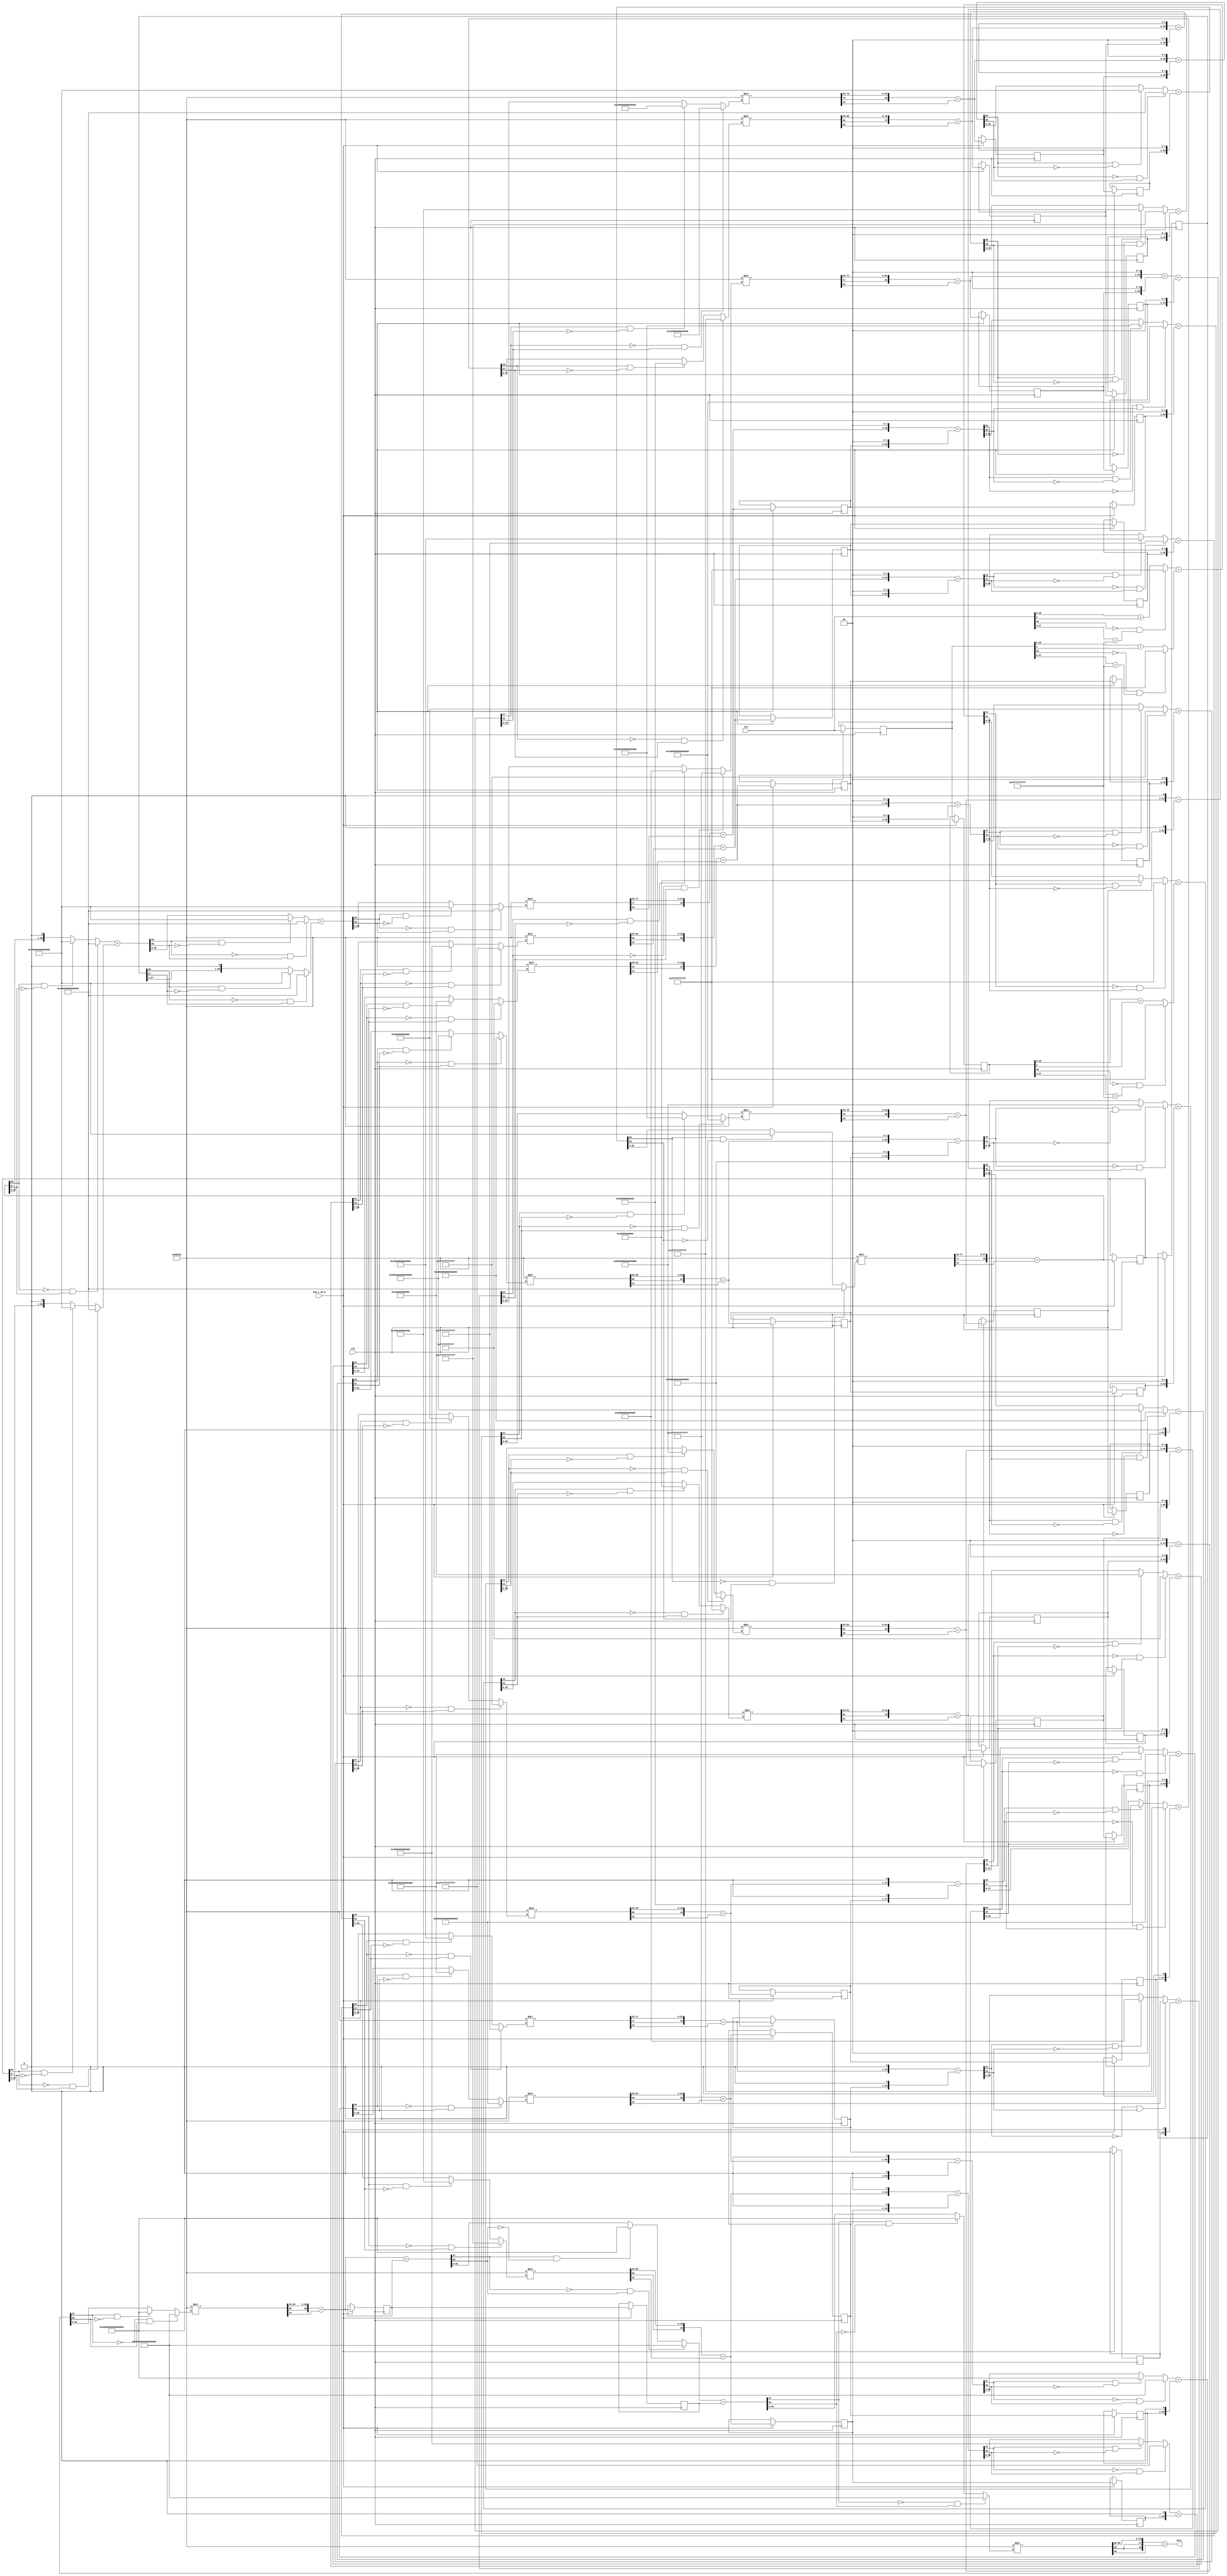
// -------------------------------------------------------------
// 
// 
// Generated by MATLAB 9.9 and HDL Coder 3.17
// 
// -------------------------------------------------------------


// -------------------------------------------------------------
// 
// Module: Third_Block_H3_z
// Source Path: NonCIC_Final/Non-recursive CIC1/Third Block H3(z)
// Hierarchy Level: 1
// 
// -------------------------------------------------------------

`timescale 1 ns / 1 ns

module Third_Block_H3_z
          (clk,
           enb_1_48_0,
           In1,
           Out1);


  input   clk;
  input   enb_1_48_0;
  input   signed [48:0] In1;  // sfix49_En45
  output  signed [18:0] Out1;  // sfix19_En14


  reg signed [48:0] Delay_out1;  // sfix49_En45
  reg signed [48:0] Delay1_out1;  // sfix49_En45
  wire signed [42:0] Add_add_cast;  // sfix43_En39
  wire signed [43:0] Add_add_cast_1;  // sfix44_En39
  wire signed [42:0] Add_add_cast_2;  // sfix43_En39
  wire signed [43:0] Add_add_cast_3;  // sfix44_En39
  wire signed [43:0] Add_add_temp;  // sfix44_En39
  wire signed [42:0] Add_add_cast_4;  // sfix43_En39
  wire signed [43:0] Add_add_cast_5;  // sfix44_En39
  wire signed [42:0] Add_add_cast_6;  // sfix43_En39
  wire signed [43:0] Add_add_cast_7;  // sfix44_En39
  wire signed [43:0] Add_add_temp_1;  // sfix44_En39
  wire signed [42:0] Add_out1;  // sfix43_En39
  wire signed [62:0] Gain_mul_temp;  // sfix63_En59
  wire signed [61:0] Gain_cast;  // sfix62_En59
  wire signed [42:0] Gain_out1;  // sfix43_En39
  reg signed [42:0] Gain_out1_1;  // sfix43_En39
  reg signed [42:0] Delay3_out1;  // sfix43_En39
  wire signed [45:0] Add1_add_cast;  // sfix46_En41
  wire signed [45:0] Add1_add_cast_1;  // sfix46_En41
  wire signed [45:0] Add1_add_temp;  // sfix46_En41
  wire signed [44:0] Add1_add_cast_2;  // sfix45_En41
  wire signed [45:0] Add1_add_cast_3;  // sfix46_En41
  wire signed [45:0] Add1_add_cast_4;  // sfix46_En41
  wire signed [45:0] Add1_add_temp_1;  // sfix46_En41
  wire signed [44:0] Add1_out1;  // sfix45_En41
  wire signed [64:0] Gain1_mul_temp;  // sfix65_En61
  wire signed [63:0] Gain1_cast;  // sfix64_En61
  wire signed [44:0] Gain1_out1;  // sfix45_En41
  reg signed [44:0] Gain1_out1_1;  // sfix45_En41
  reg signed [44:0] Delay5_out1;  // sfix45_En41
  wire signed [47:0] Add2_add_cast;  // sfix48_En43
  wire signed [47:0] Add2_add_cast_1;  // sfix48_En43
  wire signed [47:0] Add2_add_temp;  // sfix48_En43
  wire signed [46:0] Add2_add_cast_2;  // sfix47_En43
  wire signed [47:0] Add2_add_cast_3;  // sfix48_En43
  wire signed [47:0] Add2_add_cast_4;  // sfix48_En43
  wire signed [47:0] Add2_add_temp_1;  // sfix48_En43
  wire signed [46:0] Add2_out1;  // sfix47_En43
  wire signed [66:0] Gain2_mul_temp;  // sfix67_En63
  wire signed [65:0] Gain2_cast;  // sfix66_En63
  wire signed [46:0] Gain2_out1;  // sfix47_En43
  reg signed [46:0] Gain2_out1_1;  // sfix47_En43
  reg signed [46:0] Delay7_out1;  // sfix47_En43
  wire signed [48:0] Add3_add_cast;  // sfix49_En44
  wire signed [48:0] Add3_add_cast_1;  // sfix49_En44
  wire signed [48:0] Add3_add_temp;  // sfix49_En44
  wire signed [47:0] Add3_add_cast_2;  // sfix48_En44
  wire signed [48:0] Add3_add_cast_3;  // sfix49_En44
  wire signed [48:0] Add3_add_cast_4;  // sfix49_En44
  wire signed [48:0] Add3_add_temp_1;  // sfix49_En44
  wire signed [47:0] Add3_out1;  // sfix48_En44
  wire signed [67:0] Gain3_mul_temp;  // sfix68_En64
  wire signed [66:0] Gain3_cast;  // sfix67_En64
  wire signed [47:0] Gain3_out1;  // sfix48_En44
  reg signed [47:0] Gain3_out1_1;  // sfix48_En44
  reg signed [47:0] Delay9_out1;  // sfix48_En44
  wire signed [50:0] Add4_add_cast;  // sfix51_En46
  wire signed [50:0] Add4_add_cast_1;  // sfix51_En46
  wire signed [50:0] Add4_add_temp;  // sfix51_En46
  wire signed [49:0] Add4_add_cast_2;  // sfix50_En46
  wire signed [50:0] Add4_add_cast_3;  // sfix51_En46
  wire signed [50:0] Add4_add_cast_4;  // sfix51_En46
  wire signed [50:0] Add4_add_temp_1;  // sfix51_En46
  wire signed [49:0] Add4_out1;  // sfix50_En46
  wire signed [69:0] Gain4_mul_temp;  // sfix70_En66
  wire signed [68:0] Gain4_cast;  // sfix69_En66
  wire signed [49:0] Gain4_out1;  // sfix50_En46
  reg signed [49:0] Gain4_out1_1;  // sfix50_En46
  reg signed [49:0] Delay11_out1;  // sfix50_En46
  wire signed [51:0] Add5_add_cast;  // sfix52_En47
  wire signed [51:0] Add5_add_cast_1;  // sfix52_En47
  wire signed [51:0] Add5_add_temp;  // sfix52_En47
  wire signed [50:0] Add5_add_cast_2;  // sfix51_En47
  wire signed [51:0] Add5_add_cast_3;  // sfix52_En47
  wire signed [51:0] Add5_add_cast_4;  // sfix52_En47
  wire signed [51:0] Add5_add_temp_1;  // sfix52_En47
  wire signed [50:0] Add5_out1;  // sfix51_En47
  wire signed [70:0] Gain5_mul_temp;  // sfix71_En67
  wire signed [69:0] Gain5_cast;  // sfix70_En67
  wire signed [50:0] Gain5_out1;  // sfix51_En47
  reg signed [50:0] Gain5_out1_1;  // sfix51_En47
  reg signed [50:0] Delay13_out1;  // sfix51_En47
  wire signed [53:0] Add6_add_cast;  // sfix54_En49
  wire signed [53:0] Add6_add_cast_1;  // sfix54_En49
  wire signed [53:0] Add6_add_temp;  // sfix54_En49
  wire signed [52:0] Add6_add_cast_2;  // sfix53_En49
  wire signed [53:0] Add6_add_cast_3;  // sfix54_En49
  wire signed [53:0] Add6_add_cast_4;  // sfix54_En49
  wire signed [53:0] Add6_add_temp_1;  // sfix54_En49
  wire signed [52:0] Add6_out1;  // sfix53_En49
  wire signed [72:0] Gain6_mul_temp;  // sfix73_En69
  wire signed [71:0] Gain6_cast;  // sfix72_En69
  wire signed [52:0] Gain6_out1;  // sfix53_En49
  reg signed [52:0] Gain6_out1_1;  // sfix53_En49
  reg signed [52:0] Delay15_out1;  // sfix53_En49
  wire signed [54:0] Add7_add_cast;  // sfix55_En50
  wire signed [54:0] Add7_add_cast_1;  // sfix55_En50
  wire signed [54:0] Add7_add_temp;  // sfix55_En50
  wire signed [53:0] Add7_add_cast_2;  // sfix54_En50
  wire signed [54:0] Add7_add_cast_3;  // sfix55_En50
  wire signed [54:0] Add7_add_cast_4;  // sfix55_En50
  wire signed [54:0] Add7_add_temp_1;  // sfix55_En50
  wire signed [53:0] Add7_out1;  // sfix54_En50
  wire signed [73:0] Gain7_mul_temp;  // sfix74_En70
  wire signed [72:0] Gain7_cast;  // sfix73_En70
  wire signed [53:0] Gain7_out1;  // sfix54_En50
  reg signed [53:0] Gain7_out1_1;  // sfix54_En50
  reg signed [53:0] Delay17_out1;  // sfix54_En50
  wire signed [56:0] Add8_add_cast;  // sfix57_En52
  wire signed [56:0] Add8_add_cast_1;  // sfix57_En52
  wire signed [56:0] Add8_add_temp;  // sfix57_En52
  wire signed [57:0] Add8_add_cast_2;  // sfix58_En52
  wire signed [56:0] Add8_add_cast_3;  // sfix57_En52
  wire signed [57:0] Add8_add_cast_4;  // sfix58_En52
  wire signed [57:0] Add8_add_temp_1;  // sfix58_En52
  wire signed [56:0] Add8_out1;  // sfix57_En52
  wire signed [76:0] Gain8_mul_temp;  // sfix77_En72
  wire signed [75:0] Gain8_cast;  // sfix76_En72
  wire signed [56:0] Gain8_out1;  // sfix57_En52
  reg signed [56:0] Gain8_out1_1;  // sfix57_En52
  reg signed [56:0] Delay25_out1;  // sfix57_En52
  wire signed [59:0] Add9_add_cast;  // sfix60_En54
  wire signed [59:0] Add9_add_cast_1;  // sfix60_En54
  wire signed [59:0] Add9_add_temp;  // sfix60_En54
  wire signed [58:0] Add9_add_cast_2;  // sfix59_En54
  wire signed [59:0] Add9_add_cast_3;  // sfix60_En54
  wire signed [59:0] Add9_add_cast_4;  // sfix60_En54
  wire signed [59:0] Add9_add_temp_1;  // sfix60_En54
  wire signed [58:0] Add9_out1;  // sfix59_En54
  wire signed [78:0] Gain9_mul_temp;  // sfix79_En74
  wire signed [77:0] Gain9_cast;  // sfix78_En74
  wire signed [58:0] Gain9_out1;  // sfix59_En54
  reg signed [58:0] Gain9_out1_1;  // sfix59_En54
  reg signed [58:0] Delay27_out1;  // sfix59_En54
  wire signed [58:0] Add10_add_cast;  // sfix59_En55
  wire signed [59:0] Add10_add_cast_1;  // sfix60_En55
  wire signed [58:0] Add10_add_cast_2;  // sfix59_En55
  wire signed [59:0] Add10_add_cast_3;  // sfix60_En55
  wire signed [59:0] Add10_add_temp;  // sfix60_En55
  wire signed [58:0] Add10_add_cast_4;  // sfix59_En55
  wire signed [59:0] Add10_add_cast_5;  // sfix60_En55
  wire signed [58:0] Add10_add_cast_6;  // sfix59_En55
  wire signed [59:0] Add10_add_cast_7;  // sfix60_En55
  wire signed [59:0] Add10_add_temp_1;  // sfix60_En55
  wire signed [58:0] Add10_out1;  // sfix59_En55
  wire signed [78:0] Gain10_mul_temp;  // sfix79_En75
  wire signed [77:0] Gain10_cast;  // sfix78_En75
  wire signed [58:0] Gain10_out1;  // sfix59_En55
  reg signed [58:0] Gain10_out1_1;  // sfix59_En55
  reg signed [58:0] Delay29_out1;  // sfix59_En55
  wire signed [61:0] Add11_add_cast;  // sfix62_En57
  wire signed [61:0] Add11_add_cast_1;  // sfix62_En57
  wire signed [61:0] Add11_add_temp;  // sfix62_En57
  wire signed [60:0] Add11_add_cast_2;  // sfix61_En57
  wire signed [61:0] Add11_add_cast_3;  // sfix62_En57
  wire signed [61:0] Add11_add_cast_4;  // sfix62_En57
  wire signed [61:0] Add11_add_temp_1;  // sfix62_En57
  wire signed [60:0] Add11_out1;  // sfix61_En57
  wire signed [80:0] Gain11_mul_temp;  // sfix81_En77
  wire signed [79:0] Gain11_cast;  // sfix80_En77
  wire signed [60:0] Gain11_out1;  // sfix61_En57
  reg signed [60:0] Gain11_out1_1;  // sfix61_En57
  reg signed [60:0] Delay31_out1;  // sfix61_En57
  wire signed [62:0] Add12_add_cast;  // sfix63_En58
  wire signed [62:0] Add12_add_cast_1;  // sfix63_En58
  wire signed [62:0] Add12_add_temp;  // sfix63_En58
  wire signed [61:0] Add12_add_cast_2;  // sfix62_En58
  wire signed [62:0] Add12_add_cast_3;  // sfix63_En58
  wire signed [62:0] Add12_add_cast_4;  // sfix63_En58
  wire signed [62:0] Add12_add_temp_1;  // sfix63_En58
  wire signed [61:0] Add12_out1;  // sfix62_En58
  wire signed [81:0] Gain12_mul_temp;  // sfix82_En78
  wire signed [80:0] Gain12_cast;  // sfix81_En78
  wire signed [61:0] Gain12_out1;  // sfix62_En58
  reg signed [61:0] Gain12_out1_1;  // sfix62_En58
  reg signed [61:0] Delay19_out1;  // sfix62_En58
  wire signed [64:0] Add13_add_cast;  // sfix65_En60
  wire signed [64:0] Add13_add_cast_1;  // sfix65_En60
  wire signed [64:0] Add13_add_temp;  // sfix65_En60
  wire signed [63:0] Add13_add_cast_2;  // sfix64_En60
  wire signed [64:0] Add13_add_cast_3;  // sfix65_En60
  wire signed [64:0] Add13_add_cast_4;  // sfix65_En60
  wire signed [64:0] Add13_add_temp_1;  // sfix65_En60
  wire signed [63:0] Add13_out1;  // sfix64_En60
  wire signed [83:0] Gain13_mul_temp;  // sfix84_En80
  wire signed [82:0] Gain13_cast;  // sfix83_En80
  wire signed [63:0] Gain13_out1;  // sfix64_En60
  reg signed [63:0] Gain13_out1_1;  // sfix64_En60
  reg signed [63:0] Delay21_out1;  // sfix64_En60
  wire signed [66:0] Add14_add_cast;  // sfix67_En62
  wire signed [66:0] Add14_add_cast_1;  // sfix67_En62
  wire signed [66:0] Add14_add_temp;  // sfix67_En62
  wire signed [65:0] Add14_add_cast_2;  // sfix66_En62
  wire signed [66:0] Add14_add_cast_3;  // sfix67_En62
  wire signed [66:0] Add14_add_cast_4;  // sfix67_En62
  wire signed [66:0] Add14_add_temp_1;  // sfix67_En62
  wire signed [65:0] Add14_out1;  // sfix66_En62
  wire signed [85:0] Gain14_mul_temp;  // sfix86_En82
  wire signed [84:0] Gain14_cast;  // sfix85_En82
  wire signed [65:0] Gain14_out1;  // sfix66_En62
  reg signed [65:0] Gain14_out1_1;  // sfix66_En62
  reg signed [65:0] Delay23_out1;  // sfix66_En62
  wire signed [67:0] Add15_add_cast;  // sfix68_En63
  wire signed [67:0] Add15_add_cast_1;  // sfix68_En63
  wire signed [67:0] Add15_add_temp;  // sfix68_En63
  wire signed [66:0] Add15_add_cast_2;  // sfix67_En63
  wire signed [67:0] Add15_add_cast_3;  // sfix68_En63
  wire signed [67:0] Add15_add_cast_4;  // sfix68_En63
  wire signed [67:0] Add15_add_temp_1;  // sfix68_En63
  wire signed [66:0] Add15_out1;  // sfix67_En63
  wire signed [86:0] Gain15_mul_temp;  // sfix87_En83
  wire signed [85:0] Gain15_cast;  // sfix86_En83
  wire signed [66:0] Gain15_out1;  // sfix67_En63
  reg signed [66:0] Gain15_out1_1;  // sfix67_En63
  reg signed [66:0] Delay33_out1;  // sfix67_En63
  wire signed [67:0] Add16_add_cast;  // sfix68_En63
  wire signed [67:0] Add16_add_cast_1;  // sfix68_En63
  wire signed [67:0] Add16_add_temp;  // sfix68_En63
  wire signed [66:0] Add16_add_cast_2;  // sfix67_En63
  wire signed [67:0] Add16_add_cast_3;  // sfix68_En63
  wire signed [67:0] Add16_add_cast_4;  // sfix68_En63
  wire signed [67:0] Add16_add_temp_1;  // sfix68_En63
  wire signed [66:0] Add16_out1;  // sfix67_En63
  wire signed [86:0] Gain16_mul_temp;  // sfix87_En83
  wire signed [85:0] Gain16_cast;  // sfix86_En83
  wire signed [18:0] Gain16_out1;  // sfix19_En14


  always @(posedge clk)
    begin : Delay_rsvd_process
      if (enb_1_48_0) begin
        Delay_out1 <= In1;
      end
    end



  always @(posedge clk)
    begin : Delay1_process
      if (enb_1_48_0) begin
        Delay1_out1 <= Delay_out1;
      end
    end



  assign Add_add_cast = ((In1[48] == 1'b0) && (In1[47:6] == 42'h3FFFFFFFFFF) ? 43'sh3FFFFFFFFFF :
              In1[48:6] + $signed({1'b0, In1[5]}));
  assign Add_add_cast_1 = {Add_add_cast[42], Add_add_cast};
  assign Add_add_cast_2 = ((Delay_out1[48] == 1'b0) && (Delay_out1[47:6] == 42'h3FFFFFFFFFF) ? 
    43'sh3FFFFFFFFFF :
              Delay_out1[48:6] + $signed({1'b0, Delay_out1[5]}));
  assign Add_add_cast_3 = {Add_add_cast_2[42], Add_add_cast_2};
  assign Add_add_temp = Add_add_cast_1 + Add_add_cast_3;
  assign Add_add_cast_4 = ((Add_add_temp[43] == 1'b0) && (Add_add_temp[42] != 1'b0) ? 43'sh3FFFFFFFFFF :
              ((Add_add_temp[43] == 1'b1) && (Add_add_temp[42] != 1'b1) ? 43'sh40000000000 :
              $signed(Add_add_temp[42:0])));
  assign Add_add_cast_5 = {Add_add_cast_4[42], Add_add_cast_4};
  assign Add_add_cast_6 = ((Delay1_out1[48] == 1'b0) && (Delay1_out1[47:6] == 42'h3FFFFFFFFFF) ? 
    43'sh3FFFFFFFFFF :
              Delay1_out1[48:6] + $signed({1'b0, Delay1_out1[5]}));
  assign Add_add_cast_7 = {Add_add_cast_6[42], Add_add_cast_6};
  assign Add_add_temp_1 = Add_add_cast_5 + Add_add_cast_7;
  assign Add_out1 = ((Add_add_temp_1[43] == 1'b0) && (Add_add_temp_1[42] != 1'b0) ? 43'sh3FFFFFFFFFF :
              ((Add_add_temp_1[43] == 1'b1) && (Add_add_temp_1[42] != 1'b1) ? 43'sh40000000000 :
              $signed(Add_add_temp_1[42:0])));



  assign Gain_mul_temp = 20'sb01010101010101010101 * Add_out1;
  assign Gain_cast = Gain_mul_temp[61:0];
  assign Gain_out1 = ({Gain_cast[61], Gain_cast[61:20]}) + $signed({1'b0, Gain_cast[19]});



  always @(posedge clk)
    begin : delayMatch_process
      if (enb_1_48_0) begin
        Gain_out1_1 <= Gain_out1;
      end
    end



  always @(posedge clk)
    begin : Delay3_process
      if (enb_1_48_0) begin
        Delay3_out1 <= Gain_out1_1;
      end
    end



  assign Add1_add_cast = {Gain_out1[42], {Gain_out1, 2'b00}};
  assign Add1_add_cast_1 = {Gain_out1_1[42], {Gain_out1_1, 2'b00}};
  assign Add1_add_temp = Add1_add_cast + Add1_add_cast_1;
  assign Add1_add_cast_2 = ((Add1_add_temp[45] == 1'b0) && (Add1_add_temp[44] != 1'b0) ? 45'sh0FFFFFFFFFFF :
              ((Add1_add_temp[45] == 1'b1) && (Add1_add_temp[44] != 1'b1) ? 45'sh100000000000 :
              $signed(Add1_add_temp[44:0])));
  assign Add1_add_cast_3 = {Add1_add_cast_2[44], Add1_add_cast_2};
  assign Add1_add_cast_4 = {Delay3_out1[42], {Delay3_out1, 2'b00}};
  assign Add1_add_temp_1 = Add1_add_cast_3 + Add1_add_cast_4;
  assign Add1_out1 = ((Add1_add_temp_1[45] == 1'b0) && (Add1_add_temp_1[44] != 1'b0) ? 45'sh0FFFFFFFFFFF :
              ((Add1_add_temp_1[45] == 1'b1) && (Add1_add_temp_1[44] != 1'b1) ? 45'sh100000000000 :
              $signed(Add1_add_temp_1[44:0])));



  assign Gain1_mul_temp = 20'sb01010101010101010101 * Add1_out1;
  assign Gain1_cast = Gain1_mul_temp[63:0];
  assign Gain1_out1 = ({Gain1_cast[63], Gain1_cast[63:20]}) + $signed({1'b0, Gain1_cast[19]});



  always @(posedge clk)
    begin : delayMatch1_process
      if (enb_1_48_0) begin
        Gain1_out1_1 <= Gain1_out1;
      end
    end



  always @(posedge clk)
    begin : Delay5_process
      if (enb_1_48_0) begin
        Delay5_out1 <= Gain1_out1_1;
      end
    end



  assign Add2_add_cast = {Gain1_out1[44], {Gain1_out1, 2'b00}};
  assign Add2_add_cast_1 = {Gain1_out1_1[44], {Gain1_out1_1, 2'b00}};
  assign Add2_add_temp = Add2_add_cast + Add2_add_cast_1;
  assign Add2_add_cast_2 = ((Add2_add_temp[47] == 1'b0) && (Add2_add_temp[46] != 1'b0) ? 47'sh3FFFFFFFFFFF :
              ((Add2_add_temp[47] == 1'b1) && (Add2_add_temp[46] != 1'b1) ? 47'sh400000000000 :
              $signed(Add2_add_temp[46:0])));
  assign Add2_add_cast_3 = {Add2_add_cast_2[46], Add2_add_cast_2};
  assign Add2_add_cast_4 = {Delay5_out1[44], {Delay5_out1, 2'b00}};
  assign Add2_add_temp_1 = Add2_add_cast_3 + Add2_add_cast_4;
  assign Add2_out1 = ((Add2_add_temp_1[47] == 1'b0) && (Add2_add_temp_1[46] != 1'b0) ? 47'sh3FFFFFFFFFFF :
              ((Add2_add_temp_1[47] == 1'b1) && (Add2_add_temp_1[46] != 1'b1) ? 47'sh400000000000 :
              $signed(Add2_add_temp_1[46:0])));



  assign Gain2_mul_temp = 20'sb01010101010101010101 * Add2_out1;
  assign Gain2_cast = Gain2_mul_temp[65:0];
  assign Gain2_out1 = ({Gain2_cast[65], Gain2_cast[65:20]}) + $signed({1'b0, Gain2_cast[19]});



  always @(posedge clk)
    begin : delayMatch2_process
      if (enb_1_48_0) begin
        Gain2_out1_1 <= Gain2_out1;
      end
    end



  always @(posedge clk)
    begin : Delay7_process
      if (enb_1_48_0) begin
        Delay7_out1 <= Gain2_out1_1;
      end
    end



  assign Add3_add_cast = {Gain2_out1[46], {Gain2_out1, 1'b0}};
  assign Add3_add_cast_1 = {Gain2_out1_1[46], {Gain2_out1_1, 1'b0}};
  assign Add3_add_temp = Add3_add_cast + Add3_add_cast_1;
  assign Add3_add_cast_2 = ((Add3_add_temp[48] == 1'b0) && (Add3_add_temp[47] != 1'b0) ? 48'sh7FFFFFFFFFFF :
              ((Add3_add_temp[48] == 1'b1) && (Add3_add_temp[47] != 1'b1) ? 48'sh800000000000 :
              $signed(Add3_add_temp[47:0])));
  assign Add3_add_cast_3 = {Add3_add_cast_2[47], Add3_add_cast_2};
  assign Add3_add_cast_4 = {Delay7_out1[46], {Delay7_out1, 1'b0}};
  assign Add3_add_temp_1 = Add3_add_cast_3 + Add3_add_cast_4;
  assign Add3_out1 = ((Add3_add_temp_1[48] == 1'b0) && (Add3_add_temp_1[47] != 1'b0) ? 48'sh7FFFFFFFFFFF :
              ((Add3_add_temp_1[48] == 1'b1) && (Add3_add_temp_1[47] != 1'b1) ? 48'sh800000000000 :
              $signed(Add3_add_temp_1[47:0])));



  assign Gain3_mul_temp = 20'sb01010101010101010101 * Add3_out1;
  assign Gain3_cast = Gain3_mul_temp[66:0];
  assign Gain3_out1 = ({Gain3_cast[66], Gain3_cast[66:20]}) + $signed({1'b0, Gain3_cast[19]});



  always @(posedge clk)
    begin : delayMatch3_process
      if (enb_1_48_0) begin
        Gain3_out1_1 <= Gain3_out1;
      end
    end



  always @(posedge clk)
    begin : Delay9_process
      if (enb_1_48_0) begin
        Delay9_out1 <= Gain3_out1_1;
      end
    end



  assign Add4_add_cast = {Gain3_out1[47], {Gain3_out1, 2'b00}};
  assign Add4_add_cast_1 = {Gain3_out1_1[47], {Gain3_out1_1, 2'b00}};
  assign Add4_add_temp = Add4_add_cast + Add4_add_cast_1;
  assign Add4_add_cast_2 = ((Add4_add_temp[50] == 1'b0) && (Add4_add_temp[49] != 1'b0) ? 50'sh1FFFFFFFFFFFF :
              ((Add4_add_temp[50] == 1'b1) && (Add4_add_temp[49] != 1'b1) ? 50'sh2000000000000 :
              $signed(Add4_add_temp[49:0])));
  assign Add4_add_cast_3 = {Add4_add_cast_2[49], Add4_add_cast_2};
  assign Add4_add_cast_4 = {Delay9_out1[47], {Delay9_out1, 2'b00}};
  assign Add4_add_temp_1 = Add4_add_cast_3 + Add4_add_cast_4;
  assign Add4_out1 = ((Add4_add_temp_1[50] == 1'b0) && (Add4_add_temp_1[49] != 1'b0) ? 50'sh1FFFFFFFFFFFF :
              ((Add4_add_temp_1[50] == 1'b1) && (Add4_add_temp_1[49] != 1'b1) ? 50'sh2000000000000 :
              $signed(Add4_add_temp_1[49:0])));



  assign Gain4_mul_temp = 20'sb01010101010101010101 * Add4_out1;
  assign Gain4_cast = Gain4_mul_temp[68:0];
  assign Gain4_out1 = ({Gain4_cast[68], Gain4_cast[68:20]}) + $signed({1'b0, Gain4_cast[19]});



  always @(posedge clk)
    begin : delayMatch4_process
      if (enb_1_48_0) begin
        Gain4_out1_1 <= Gain4_out1;
      end
    end



  always @(posedge clk)
    begin : Delay11_process
      if (enb_1_48_0) begin
        Delay11_out1 <= Gain4_out1_1;
      end
    end



  assign Add5_add_cast = {Gain4_out1[49], {Gain4_out1, 1'b0}};
  assign Add5_add_cast_1 = {Gain4_out1_1[49], {Gain4_out1_1, 1'b0}};
  assign Add5_add_temp = Add5_add_cast + Add5_add_cast_1;
  assign Add5_add_cast_2 = ((Add5_add_temp[51] == 1'b0) && (Add5_add_temp[50] != 1'b0) ? 51'sh3FFFFFFFFFFFF :
              ((Add5_add_temp[51] == 1'b1) && (Add5_add_temp[50] != 1'b1) ? 51'sh4000000000000 :
              $signed(Add5_add_temp[50:0])));
  assign Add5_add_cast_3 = {Add5_add_cast_2[50], Add5_add_cast_2};
  assign Add5_add_cast_4 = {Delay11_out1[49], {Delay11_out1, 1'b0}};
  assign Add5_add_temp_1 = Add5_add_cast_3 + Add5_add_cast_4;
  assign Add5_out1 = ((Add5_add_temp_1[51] == 1'b0) && (Add5_add_temp_1[50] != 1'b0) ? 51'sh3FFFFFFFFFFFF :
              ((Add5_add_temp_1[51] == 1'b1) && (Add5_add_temp_1[50] != 1'b1) ? 51'sh4000000000000 :
              $signed(Add5_add_temp_1[50:0])));



  assign Gain5_mul_temp = 20'sb01010101010101010101 * Add5_out1;
  assign Gain5_cast = Gain5_mul_temp[69:0];
  assign Gain5_out1 = ({Gain5_cast[69], Gain5_cast[69:20]}) + $signed({1'b0, Gain5_cast[19]});



  always @(posedge clk)
    begin : delayMatch5_process
      if (enb_1_48_0) begin
        Gain5_out1_1 <= Gain5_out1;
      end
    end



  always @(posedge clk)
    begin : Delay13_process
      if (enb_1_48_0) begin
        Delay13_out1 <= Gain5_out1_1;
      end
    end



  assign Add6_add_cast = {Gain5_out1[50], {Gain5_out1, 2'b00}};
  assign Add6_add_cast_1 = {Gain5_out1_1[50], {Gain5_out1_1, 2'b00}};
  assign Add6_add_temp = Add6_add_cast + Add6_add_cast_1;
  assign Add6_add_cast_2 = ((Add6_add_temp[53] == 1'b0) && (Add6_add_temp[52] != 1'b0) ? 53'sh0FFFFFFFFFFFFF :
              ((Add6_add_temp[53] == 1'b1) && (Add6_add_temp[52] != 1'b1) ? 53'sh10000000000000 :
              $signed(Add6_add_temp[52:0])));
  assign Add6_add_cast_3 = {Add6_add_cast_2[52], Add6_add_cast_2};
  assign Add6_add_cast_4 = {Delay13_out1[50], {Delay13_out1, 2'b00}};
  assign Add6_add_temp_1 = Add6_add_cast_3 + Add6_add_cast_4;
  assign Add6_out1 = ((Add6_add_temp_1[53] == 1'b0) && (Add6_add_temp_1[52] != 1'b0) ? 53'sh0FFFFFFFFFFFFF :
              ((Add6_add_temp_1[53] == 1'b1) && (Add6_add_temp_1[52] != 1'b1) ? 53'sh10000000000000 :
              $signed(Add6_add_temp_1[52:0])));



  assign Gain6_mul_temp = 20'sb01010101010101010101 * Add6_out1;
  assign Gain6_cast = Gain6_mul_temp[71:0];
  assign Gain6_out1 = ({Gain6_cast[71], Gain6_cast[71:20]}) + $signed({1'b0, Gain6_cast[19]});



  always @(posedge clk)
    begin : delayMatch6_process
      if (enb_1_48_0) begin
        Gain6_out1_1 <= Gain6_out1;
      end
    end



  always @(posedge clk)
    begin : Delay15_process
      if (enb_1_48_0) begin
        Delay15_out1 <= Gain6_out1_1;
      end
    end



  assign Add7_add_cast = {Gain6_out1[52], {Gain6_out1, 1'b0}};
  assign Add7_add_cast_1 = {Gain6_out1_1[52], {Gain6_out1_1, 1'b0}};
  assign Add7_add_temp = Add7_add_cast + Add7_add_cast_1;
  assign Add7_add_cast_2 = ((Add7_add_temp[54] == 1'b0) && (Add7_add_temp[53] != 1'b0) ? 54'sh1FFFFFFFFFFFFF :
              ((Add7_add_temp[54] == 1'b1) && (Add7_add_temp[53] != 1'b1) ? 54'sh20000000000000 :
              $signed(Add7_add_temp[53:0])));
  assign Add7_add_cast_3 = {Add7_add_cast_2[53], Add7_add_cast_2};
  assign Add7_add_cast_4 = {Delay15_out1[52], {Delay15_out1, 1'b0}};
  assign Add7_add_temp_1 = Add7_add_cast_3 + Add7_add_cast_4;
  assign Add7_out1 = ((Add7_add_temp_1[54] == 1'b0) && (Add7_add_temp_1[53] != 1'b0) ? 54'sh1FFFFFFFFFFFFF :
              ((Add7_add_temp_1[54] == 1'b1) && (Add7_add_temp_1[53] != 1'b1) ? 54'sh20000000000000 :
              $signed(Add7_add_temp_1[53:0])));



  assign Gain7_mul_temp = 20'sb01010101010101010101 * Add7_out1;
  assign Gain7_cast = Gain7_mul_temp[72:0];
  assign Gain7_out1 = ({Gain7_cast[72], Gain7_cast[72:20]}) + $signed({1'b0, Gain7_cast[19]});



  always @(posedge clk)
    begin : delayMatch7_process
      if (enb_1_48_0) begin
        Gain7_out1_1 <= Gain7_out1;
      end
    end



  always @(posedge clk)
    begin : Delay17_process
      if (enb_1_48_0) begin
        Delay17_out1 <= Gain7_out1_1;
      end
    end



  assign Add8_add_cast = {Gain7_out1[53], {Gain7_out1, 2'b00}};
  assign Add8_add_cast_1 = {Gain7_out1_1[53], {Gain7_out1_1, 2'b00}};
  assign Add8_add_temp = Add8_add_cast + Add8_add_cast_1;
  assign Add8_add_cast_2 = {Add8_add_temp[56], Add8_add_temp};
  assign Add8_add_cast_3 = {Delay17_out1[53], {Delay17_out1, 2'b00}};
  assign Add8_add_cast_4 = {Add8_add_cast_3[56], Add8_add_cast_3};
  assign Add8_add_temp_1 = Add8_add_cast_2 + Add8_add_cast_4;
  assign Add8_out1 = ((Add8_add_temp_1[57] == 1'b0) && (Add8_add_temp_1[56] != 1'b0) ? 57'sh0FFFFFFFFFFFFFF :
              ((Add8_add_temp_1[57] == 1'b1) && (Add8_add_temp_1[56] != 1'b1) ? 57'sh100000000000000 :
              $signed(Add8_add_temp_1[56:0])));



  assign Gain8_mul_temp = 20'sb01010101010101010101 * Add8_out1;
  assign Gain8_cast = Gain8_mul_temp[75:0];
  assign Gain8_out1 = ({Gain8_cast[75], Gain8_cast[75:20]}) + $signed({1'b0, Gain8_cast[19]});



  always @(posedge clk)
    begin : delayMatch8_process
      if (enb_1_48_0) begin
        Gain8_out1_1 <= Gain8_out1;
      end
    end



  always @(posedge clk)
    begin : Delay25_process
      if (enb_1_48_0) begin
        Delay25_out1 <= Gain8_out1_1;
      end
    end



  assign Add9_add_cast = {Gain8_out1[56], {Gain8_out1, 2'b00}};
  assign Add9_add_cast_1 = {Gain8_out1_1[56], {Gain8_out1_1, 2'b00}};
  assign Add9_add_temp = Add9_add_cast + Add9_add_cast_1;
  assign Add9_add_cast_2 = ((Add9_add_temp[59] == 1'b0) && (Add9_add_temp[58] != 1'b0) ? 59'sh3FFFFFFFFFFFFFF 
    :
              ((Add9_add_temp[59] == 1'b1) && (Add9_add_temp[58] != 1'b1) ? 59'sh400000000000000 :
              $signed(Add9_add_temp[58:0])));
  assign Add9_add_cast_3 = {Add9_add_cast_2[58], Add9_add_cast_2};
  assign Add9_add_cast_4 = {Delay25_out1[56], {Delay25_out1, 2'b00}};
  assign Add9_add_temp_1 = Add9_add_cast_3 + Add9_add_cast_4;
  assign Add9_out1 = ((Add9_add_temp_1[59] == 1'b0) && (Add9_add_temp_1[58] != 1'b0) ? 59'sh3FFFFFFFFFFFFFF :
              ((Add9_add_temp_1[59] == 1'b1) && (Add9_add_temp_1[58] != 1'b1) ? 59'sh400000000000000 :
              $signed(Add9_add_temp_1[58:0])));



  assign Gain9_mul_temp = 20'sb01010101010101010101 * Add9_out1;
  assign Gain9_cast = Gain9_mul_temp[77:0];
  assign Gain9_out1 = ({Gain9_cast[77], Gain9_cast[77:20]}) + $signed({1'b0, Gain9_cast[19]});



  always @(posedge clk)
    begin : delayMatch9_process
      if (enb_1_48_0) begin
        Gain9_out1_1 <= Gain9_out1;
      end
    end



  always @(posedge clk)
    begin : Delay27_process
      if (enb_1_48_0) begin
        Delay27_out1 <= Gain9_out1_1;
      end
    end



  assign Add10_add_cast = ((Gain9_out1[58] == 1'b0) && (Gain9_out1[57] != 1'b0) ? 59'sh3FFFFFFFFFFFFFF :
              ((Gain9_out1[58] == 1'b1) && (Gain9_out1[57] != 1'b1) ? 59'sh400000000000000 :
              {Gain9_out1[57:0], 1'b0}));
  assign Add10_add_cast_1 = {Add10_add_cast[58], Add10_add_cast};
  assign Add10_add_cast_2 = ((Gain9_out1_1[58] == 1'b0) && (Gain9_out1_1[57] != 1'b0) ? 59'sh3FFFFFFFFFFFFFF :
              ((Gain9_out1_1[58] == 1'b1) && (Gain9_out1_1[57] != 1'b1) ? 59'sh400000000000000 :
              {Gain9_out1_1[57:0], 1'b0}));
  assign Add10_add_cast_3 = {Add10_add_cast_2[58], Add10_add_cast_2};
  assign Add10_add_temp = Add10_add_cast_1 + Add10_add_cast_3;
  assign Add10_add_cast_4 = ((Add10_add_temp[59] == 1'b0) && (Add10_add_temp[58] != 1'b0) ? 
    59'sh3FFFFFFFFFFFFFF :
              ((Add10_add_temp[59] == 1'b1) && (Add10_add_temp[58] != 1'b1) ? 59'sh400000000000000 :
              $signed(Add10_add_temp[58:0])));
  assign Add10_add_cast_5 = {Add10_add_cast_4[58], Add10_add_cast_4};
  assign Add10_add_cast_6 = ((Delay27_out1[58] == 1'b0) && (Delay27_out1[57] != 1'b0) ? 59'sh3FFFFFFFFFFFFFF :
              ((Delay27_out1[58] == 1'b1) && (Delay27_out1[57] != 1'b1) ? 59'sh400000000000000 :
              {Delay27_out1[57:0], 1'b0}));
  assign Add10_add_cast_7 = {Add10_add_cast_6[58], Add10_add_cast_6};
  assign Add10_add_temp_1 = Add10_add_cast_5 + Add10_add_cast_7;
  assign Add10_out1 = ((Add10_add_temp_1[59] == 1'b0) && (Add10_add_temp_1[58] != 1'b0) ? 
    59'sh3FFFFFFFFFFFFFF :
              ((Add10_add_temp_1[59] == 1'b1) && (Add10_add_temp_1[58] != 1'b1) ? 59'sh400000000000000 :
              $signed(Add10_add_temp_1[58:0])));



  assign Gain10_mul_temp = 20'sb01010101010101010101 * Add10_out1;
  assign Gain10_cast = Gain10_mul_temp[77:0];
  assign Gain10_out1 = ({Gain10_cast[77], Gain10_cast[77:20]}) + $signed({1'b0, Gain10_cast[19]});



  always @(posedge clk)
    begin : delayMatch10_process
      if (enb_1_48_0) begin
        Gain10_out1_1 <= Gain10_out1;
      end
    end



  always @(posedge clk)
    begin : Delay29_process
      if (enb_1_48_0) begin
        Delay29_out1 <= Gain10_out1_1;
      end
    end



  assign Add11_add_cast = {Gain10_out1[58], {Gain10_out1, 2'b00}};
  assign Add11_add_cast_1 = {Gain10_out1_1[58], {Gain10_out1_1, 2'b00}};
  assign Add11_add_temp = Add11_add_cast + Add11_add_cast_1;
  assign Add11_add_cast_2 = ((Add11_add_temp[61] == 1'b0) && (Add11_add_temp[60] != 1'b0) ? 
    61'sh0FFFFFFFFFFFFFFF :
              ((Add11_add_temp[61] == 1'b1) && (Add11_add_temp[60] != 1'b1) ? 61'sh1000000000000000 :
              $signed(Add11_add_temp[60:0])));
  assign Add11_add_cast_3 = {Add11_add_cast_2[60], Add11_add_cast_2};
  assign Add11_add_cast_4 = {Delay29_out1[58], {Delay29_out1, 2'b00}};
  assign Add11_add_temp_1 = Add11_add_cast_3 + Add11_add_cast_4;
  assign Add11_out1 = ((Add11_add_temp_1[61] == 1'b0) && (Add11_add_temp_1[60] != 1'b0) ? 
    61'sh0FFFFFFFFFFFFFFF :
              ((Add11_add_temp_1[61] == 1'b1) && (Add11_add_temp_1[60] != 1'b1) ? 61'sh1000000000000000 :
              $signed(Add11_add_temp_1[60:0])));



  assign Gain11_mul_temp = 20'sb01010101010101010101 * Add11_out1;
  assign Gain11_cast = Gain11_mul_temp[79:0];
  assign Gain11_out1 = ({Gain11_cast[79], Gain11_cast[79:20]}) + $signed({1'b0, Gain11_cast[19]});



  always @(posedge clk)
    begin : delayMatch11_process
      if (enb_1_48_0) begin
        Gain11_out1_1 <= Gain11_out1;
      end
    end



  always @(posedge clk)
    begin : Delay31_process
      if (enb_1_48_0) begin
        Delay31_out1 <= Gain11_out1_1;
      end
    end



  assign Add12_add_cast = {Gain11_out1[60], {Gain11_out1, 1'b0}};
  assign Add12_add_cast_1 = {Gain11_out1_1[60], {Gain11_out1_1, 1'b0}};
  assign Add12_add_temp = Add12_add_cast + Add12_add_cast_1;
  assign Add12_add_cast_2 = ((Add12_add_temp[62] == 1'b0) && (Add12_add_temp[61] != 1'b0) ? 
    62'sh1FFFFFFFFFFFFFFF :
              ((Add12_add_temp[62] == 1'b1) && (Add12_add_temp[61] != 1'b1) ? 62'sh2000000000000000 :
              $signed(Add12_add_temp[61:0])));
  assign Add12_add_cast_3 = {Add12_add_cast_2[61], Add12_add_cast_2};
  assign Add12_add_cast_4 = {Delay31_out1[60], {Delay31_out1, 1'b0}};
  assign Add12_add_temp_1 = Add12_add_cast_3 + Add12_add_cast_4;
  assign Add12_out1 = ((Add12_add_temp_1[62] == 1'b0) && (Add12_add_temp_1[61] != 1'b0) ? 
    62'sh1FFFFFFFFFFFFFFF :
              ((Add12_add_temp_1[62] == 1'b1) && (Add12_add_temp_1[61] != 1'b1) ? 62'sh2000000000000000 :
              $signed(Add12_add_temp_1[61:0])));



  assign Gain12_mul_temp = 20'sb01010101010101010101 * Add12_out1;
  assign Gain12_cast = Gain12_mul_temp[80:0];
  assign Gain12_out1 = ({Gain12_cast[80], Gain12_cast[80:20]}) + $signed({1'b0, Gain12_cast[19]});



  always @(posedge clk)
    begin : delayMatch12_process
      if (enb_1_48_0) begin
        Gain12_out1_1 <= Gain12_out1;
      end
    end



  always @(posedge clk)
    begin : Delay19_process
      if (enb_1_48_0) begin
        Delay19_out1 <= Gain12_out1_1;
      end
    end



  assign Add13_add_cast = {Gain12_out1[61], {Gain12_out1, 2'b00}};
  assign Add13_add_cast_1 = {Gain12_out1_1[61], {Gain12_out1_1, 2'b00}};
  assign Add13_add_temp = Add13_add_cast + Add13_add_cast_1;
  assign Add13_add_cast_2 = ((Add13_add_temp[64] == 1'b0) && (Add13_add_temp[63] != 1'b0) ? 
    64'sh7FFFFFFFFFFFFFFF :
              ((Add13_add_temp[64] == 1'b1) && (Add13_add_temp[63] != 1'b1) ? 64'sh8000000000000000 :
              $signed(Add13_add_temp[63:0])));
  assign Add13_add_cast_3 = {Add13_add_cast_2[63], Add13_add_cast_2};
  assign Add13_add_cast_4 = {Delay19_out1[61], {Delay19_out1, 2'b00}};
  assign Add13_add_temp_1 = Add13_add_cast_3 + Add13_add_cast_4;
  assign Add13_out1 = ((Add13_add_temp_1[64] == 1'b0) && (Add13_add_temp_1[63] != 1'b0) ? 
    64'sh7FFFFFFFFFFFFFFF :
              ((Add13_add_temp_1[64] == 1'b1) && (Add13_add_temp_1[63] != 1'b1) ? 64'sh8000000000000000 :
              $signed(Add13_add_temp_1[63:0])));



  assign Gain13_mul_temp = 20'sb01010101010101010101 * Add13_out1;
  assign Gain13_cast = Gain13_mul_temp[82:0];
  assign Gain13_out1 = ({Gain13_cast[82], Gain13_cast[82:20]}) + $signed({1'b0, Gain13_cast[19]});



  always @(posedge clk)
    begin : delayMatch13_process
      if (enb_1_48_0) begin
        Gain13_out1_1 <= Gain13_out1;
      end
    end



  always @(posedge clk)
    begin : Delay21_process
      if (enb_1_48_0) begin
        Delay21_out1 <= Gain13_out1_1;
      end
    end



  assign Add14_add_cast = {Gain13_out1[63], {Gain13_out1, 2'b00}};
  assign Add14_add_cast_1 = {Gain13_out1_1[63], {Gain13_out1_1, 2'b00}};
  assign Add14_add_temp = Add14_add_cast + Add14_add_cast_1;
  assign Add14_add_cast_2 = ((Add14_add_temp[66] == 1'b0) && (Add14_add_temp[65] != 1'b0) ? 
    66'sh1FFFFFFFFFFFFFFFF :
              ((Add14_add_temp[66] == 1'b1) && (Add14_add_temp[65] != 1'b1) ? 66'sh20000000000000000 :
              $signed(Add14_add_temp[65:0])));
  assign Add14_add_cast_3 = {Add14_add_cast_2[65], Add14_add_cast_2};
  assign Add14_add_cast_4 = {Delay21_out1[63], {Delay21_out1, 2'b00}};
  assign Add14_add_temp_1 = Add14_add_cast_3 + Add14_add_cast_4;
  assign Add14_out1 = ((Add14_add_temp_1[66] == 1'b0) && (Add14_add_temp_1[65] != 1'b0) ? 
    66'sh1FFFFFFFFFFFFFFFF :
              ((Add14_add_temp_1[66] == 1'b1) && (Add14_add_temp_1[65] != 1'b1) ? 66'sh20000000000000000 :
              $signed(Add14_add_temp_1[65:0])));



  assign Gain14_mul_temp = 20'sb01010101010101010101 * Add14_out1;
  assign Gain14_cast = Gain14_mul_temp[84:0];
  assign Gain14_out1 = ({Gain14_cast[84], Gain14_cast[84:20]}) + $signed({1'b0, Gain14_cast[19]});



  always @(posedge clk)
    begin : delayMatch14_process
      if (enb_1_48_0) begin
        Gain14_out1_1 <= Gain14_out1;
      end
    end



  always @(posedge clk)
    begin : Delay23_process
      if (enb_1_48_0) begin
        Delay23_out1 <= Gain14_out1_1;
      end
    end



  assign Add15_add_cast = {Gain14_out1[65], {Gain14_out1, 1'b0}};
  assign Add15_add_cast_1 = {Gain14_out1_1[65], {Gain14_out1_1, 1'b0}};
  assign Add15_add_temp = Add15_add_cast + Add15_add_cast_1;
  assign Add15_add_cast_2 = ((Add15_add_temp[67] == 1'b0) && (Add15_add_temp[66] != 1'b0) ? 
    67'sh3FFFFFFFFFFFFFFFF :
              ((Add15_add_temp[67] == 1'b1) && (Add15_add_temp[66] != 1'b1) ? 67'sh40000000000000000 :
              $signed(Add15_add_temp[66:0])));
  assign Add15_add_cast_3 = {Add15_add_cast_2[66], Add15_add_cast_2};
  assign Add15_add_cast_4 = {Delay23_out1[65], {Delay23_out1, 1'b0}};
  assign Add15_add_temp_1 = Add15_add_cast_3 + Add15_add_cast_4;
  assign Add15_out1 = ((Add15_add_temp_1[67] == 1'b0) && (Add15_add_temp_1[66] != 1'b0) ? 
    67'sh3FFFFFFFFFFFFFFFF :
              ((Add15_add_temp_1[67] == 1'b1) && (Add15_add_temp_1[66] != 1'b1) ? 67'sh40000000000000000 :
              $signed(Add15_add_temp_1[66:0])));



  assign Gain15_mul_temp = 20'sb01010101010101010101 * Add15_out1;
  assign Gain15_cast = Gain15_mul_temp[85:0];
  assign Gain15_out1 = ({Gain15_cast[85], Gain15_cast[85:20]}) + $signed({1'b0, Gain15_cast[19]});



  always @(posedge clk)
    begin : delayMatch15_process
      if (enb_1_48_0) begin
        Gain15_out1_1 <= Gain15_out1;
      end
    end



  always @(posedge clk)
    begin : Delay33_process
      if (enb_1_48_0) begin
        Delay33_out1 <= Gain15_out1_1;
      end
    end



  assign Add16_add_cast = {Gain15_out1[66], Gain15_out1};
  assign Add16_add_cast_1 = {Gain15_out1_1[66], Gain15_out1_1};
  assign Add16_add_temp = Add16_add_cast + Add16_add_cast_1;
  assign Add16_add_cast_2 = ((Add16_add_temp[67] == 1'b0) && (Add16_add_temp[66] != 1'b0) ? 
    67'sh3FFFFFFFFFFFFFFFF :
              ((Add16_add_temp[67] == 1'b1) && (Add16_add_temp[66] != 1'b1) ? 67'sh40000000000000000 :
              $signed(Add16_add_temp[66:0])));
  assign Add16_add_cast_3 = {Add16_add_cast_2[66], Add16_add_cast_2};
  assign Add16_add_cast_4 = {Delay33_out1[66], Delay33_out1};
  assign Add16_add_temp_1 = Add16_add_cast_3 + Add16_add_cast_4;
  assign Add16_out1 = ((Add16_add_temp_1[67] == 1'b0) && (Add16_add_temp_1[66] != 1'b0) ? 
    67'sh3FFFFFFFFFFFFFFFF :
              ((Add16_add_temp_1[67] == 1'b1) && (Add16_add_temp_1[66] != 1'b1) ? 67'sh40000000000000000 :
              $signed(Add16_add_temp_1[66:0])));



  assign Gain16_mul_temp = 20'sb01010101010101010101 * Add16_out1;
  assign Gain16_cast = Gain16_mul_temp[85:0];
  assign Gain16_out1 = ({{2{Gain16_cast[85]}}, Gain16_cast[85:69]}) + $signed({1'b0, Gain16_cast[68]});



  assign Out1 = Gain16_out1;

endmodule  // Third_Block_H3_z